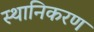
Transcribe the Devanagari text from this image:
स्थानिकरण